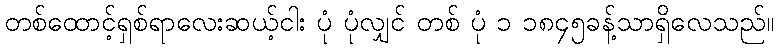
တစ်ထောင့်ရှစ်ရာလေးဆယ့်ငါး ပုံ ပုံလျှင် တစ် ပုံ ၁ ၁၈၄၅ခန့်သာရှိလေသည်။